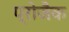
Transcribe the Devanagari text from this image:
प्रोजैक